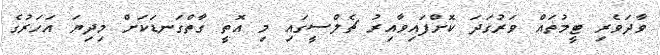
ވާދަވެރި ޓީމުތައް ވަރުގަދަ ކޮށްފައިވާއިރު ޗެލްސީގައި މި އޮތީ ގާތްގަނޑަކަށް މިދިޔަ އަހަރުގެ